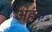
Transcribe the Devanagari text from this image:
अहके